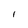
Character: 1